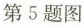
第5题图